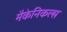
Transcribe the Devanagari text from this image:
मैकेनिकल्स